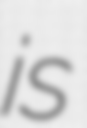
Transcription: is